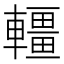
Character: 𨏃